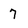
Character: 7